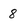
Character: 8